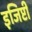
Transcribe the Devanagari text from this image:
इजिप्टी